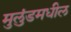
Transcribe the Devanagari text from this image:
मुलुंडमधील